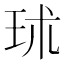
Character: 㺷